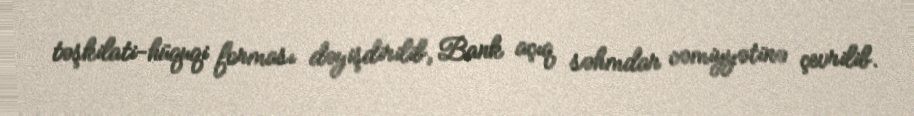
təşkilati-hüquqi forması dəyişdirilib, Bank açıq səhmdar cəmiyyətinə çevrilib.